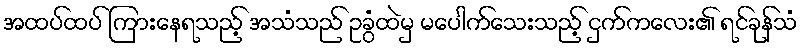
အထပ်ထပ် ကြားနေရသည့် အသံသည် ဥခွံထဲမှ မပေါက်သေးသည့် ငှက်ကလေး၏ ရင်ခုန်သံ